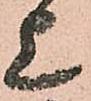
上